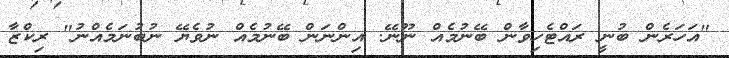
"އަހަރެން ބުނީ ރައްޓެހިވާން ބޭނުމެއް ނޫނޭ. އިންނަން ބޭނުމެއް ނުވެޔޭ ނުބުނަމެއްނު" ރިކްޒާ